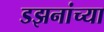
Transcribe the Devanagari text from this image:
डझनांच्या